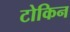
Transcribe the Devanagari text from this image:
टोकिन